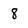
Character: 8